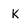
Character: k